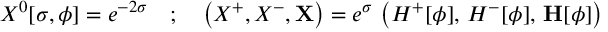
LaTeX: X ^ { 0 } [ \sigma , \phi ] = e ^ { - 2 \sigma } \quad ; \quad \left( X ^ { + } , X ^ { - } , \mathbf { X } \right) = e ^ { \sigma } \, \left( H ^ { + } [ \phi ] , \, H ^ { - } [ \phi ] , \, \mathbf { H } [ \phi ] \right)